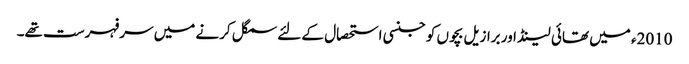
2010ء میں تھائی لینڈ اور برازیل بچوں کو جنسی استحصال کے لئے سمگل کرنے میں سرفہرست تھے۔